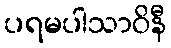
ပရမပါသာဝိနီ